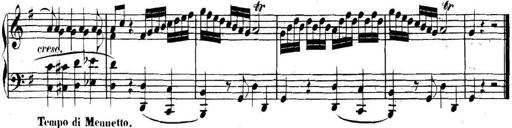
Title: Collected Piano Sonatas
Composer: Muzio Clementi